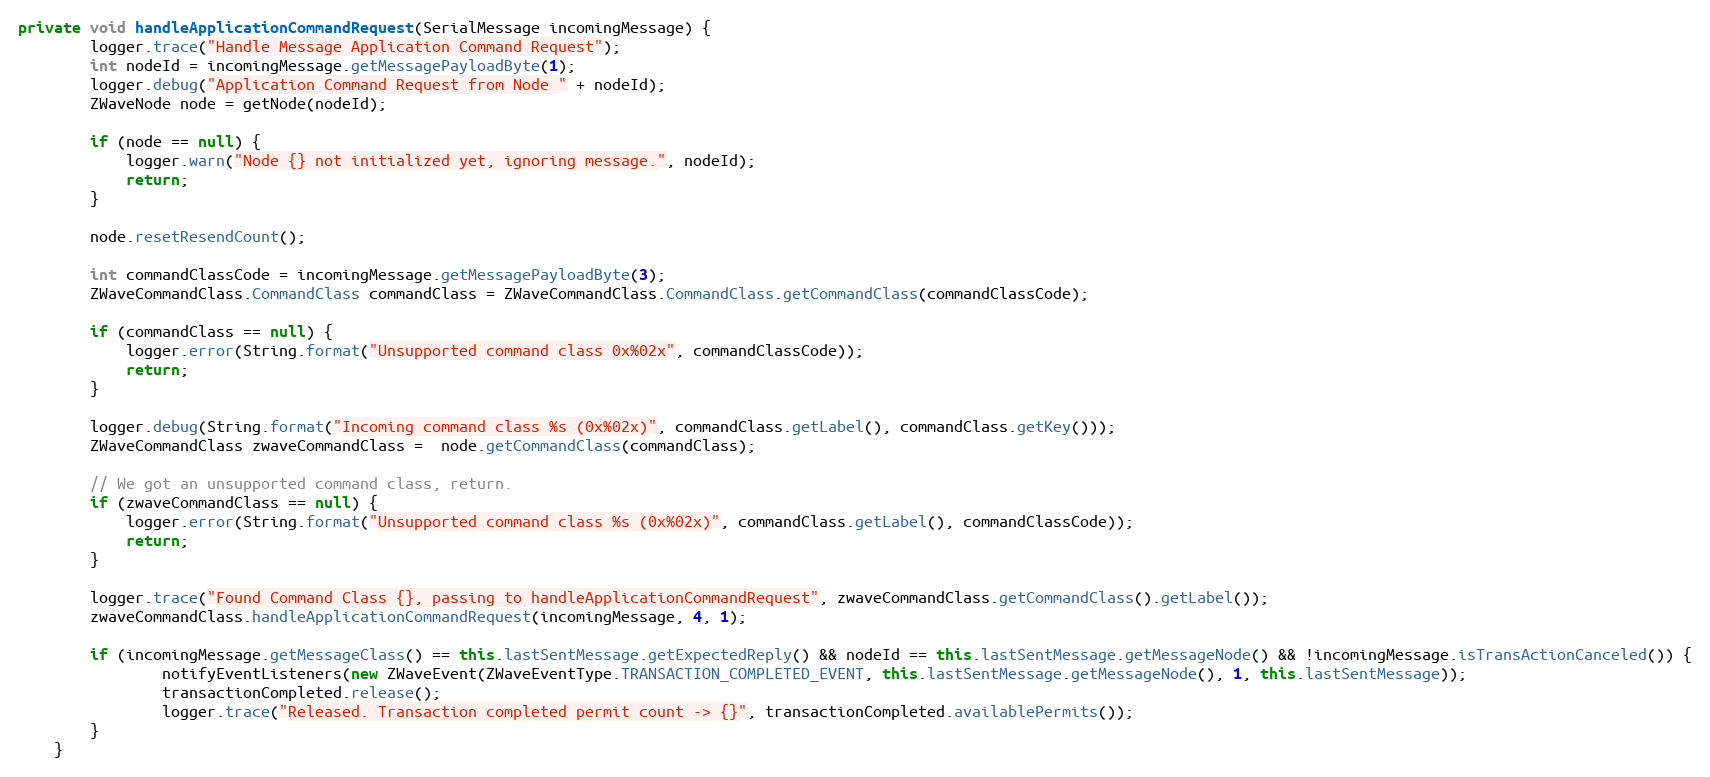
Language: Java
private void handleApplicationCommandRequest(SerialMessage incomingMessage) {
		logger.trace("Handle Message Application Command Request");
		int nodeId = incomingMessage.getMessagePayloadByte(1);
		logger.debug("Application Command Request from Node " + nodeId);
		ZWaveNode node = getNode(nodeId);

		if (node == null) {
			logger.warn("Node {} not initialized yet, ignoring message.", nodeId);
			return;
		}

		node.resetResendCount();

		int commandClassCode = incomingMessage.getMessagePayloadByte(3);
		ZWaveCommandClass.CommandClass commandClass = ZWaveCommandClass.CommandClass.getCommandClass(commandClassCode);

		if (commandClass == null) {
			logger.error(String.format("Unsupported command class 0x%02x", commandClassCode));
			return;
		}

		logger.debug(String.format("Incoming command class %s (0x%02x)", commandClass.getLabel(), commandClass.getKey()));
		ZWaveCommandClass zwaveCommandClass =  node.getCommandClass(commandClass);

		// We got an unsupported command class, return.
		if (zwaveCommandClass == null) {
			logger.error(String.format("Unsupported command class %s (0x%02x)", commandClass.getLabel(), commandClassCode));
			return;
		}

		logger.trace("Found Command Class {}, passing to handleApplicationCommandRequest", zwaveCommandClass.getCommandClass().getLabel());
		zwaveCommandClass.handleApplicationCommandRequest(incomingMessage, 4, 1);

		if (incomingMessage.getMessageClass() == this.lastSentMessage.getExpectedReply() && nodeId == this.lastSentMessage.getMessageNode() && !incomingMessage.isTransActionCanceled()) {
				notifyEventListeners(new ZWaveEvent(ZWaveEventType.TRANSACTION_COMPLETED_EVENT, this.lastSentMessage.getMessageNode(), 1, this.lastSentMessage));
				transactionCompleted.release();
				logger.trace("Released. Transaction completed permit count -> {}", transactionCompleted.availablePermits());
		}
	}